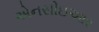
એનસીઇઆર